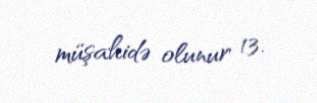
müşahidə olunur 13.